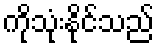
ကိုသုံးနိုင်သည်